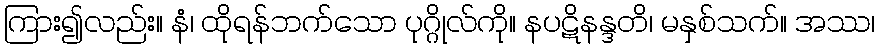
ကြား၍လည်း။ နံ၊ ထိုရန်ဘက်သော ပုဂ္ဂိုလ်ကို။ နပဋိနန္ဒတိ၊ မနှစ်သက်။ အဿ၊